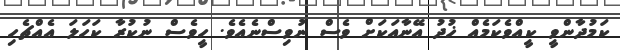
ކަމުދާންވީ ކީއްވެކަމެއް ޚުދު އޭނާއަކަށް ވެސް ނުވިސްނެއެވެ. ހީވެސް ނުކުރާ ކަހަލަ އެއްޗެހި